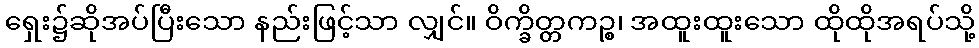
ရှေး၌ဆိုအပ်ပြီးသော နည်းဖြင့်သာ လျှင်။ ဝိက္ခိတ္တကဉ္စ၊ အထူးထူးသော ထိုထိုအရပ်သို့